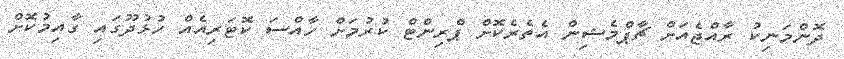
ދޮންމަނިކު ރާއްޖެއަށް ޗާޕްމެޝިން އެތެރެކޮށް ޕްރިންޓް ކުރުމަށް ހާއްސަ ކޮޓަރިއެއް ހުޅުދޫގައި ގާއިމުކޮށް